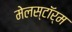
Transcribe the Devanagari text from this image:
मेलस्टाॅर्म